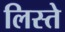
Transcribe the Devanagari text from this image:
लिस्ते